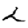
Digit: 2